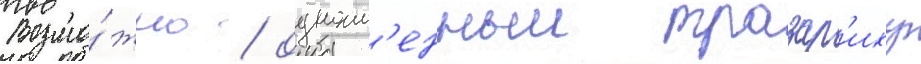
Возмо́жно / одноим'енныи тразар'иху